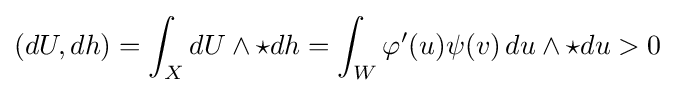
(dU,dh)=\int _{X}dU\wedge \star dh=\int _{W}\varphi ^{\prime }(u)\psi (v)\,du\wedge \star du>0